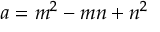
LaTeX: a = m ^ { 2 } - m n + n ^ { 2 }